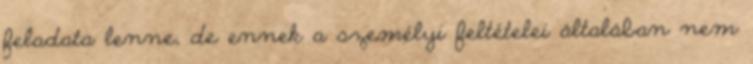
feladata lenne, de ennek a személyi feltételei általában nem